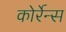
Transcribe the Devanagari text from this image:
कोर्रेन्स